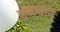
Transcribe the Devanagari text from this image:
जुळवीन